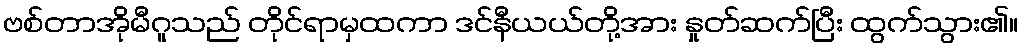
ဗစ်တာအိုမီဂူသည် တိုင်ရာမှထကာ ဒင်နီယယ်တို့အား နှုတ်ဆက်ပြီး ထွက်သွား၏။